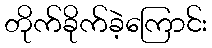
တိုက်ခိုက်ခဲ့ကြောင်း